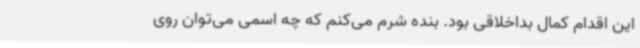
این اقدام کمال بداخلاقی بود. بنده شرم می‌کنم که چه اسمی می‌توان روی